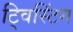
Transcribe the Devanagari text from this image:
ट्विस्टिंग